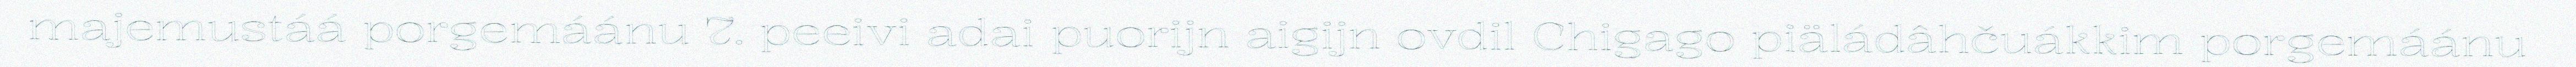
majemustáá porgemáánu 7. peeivi adai puorijn aigijn ovdil Chigago piäládâhčuákkim porgemáánu